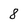
Character: 8